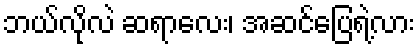
ဘယ်လိုလဲ ဆရာလေး၊ အဆင်ပြေရဲ့လား